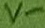
Text: V-